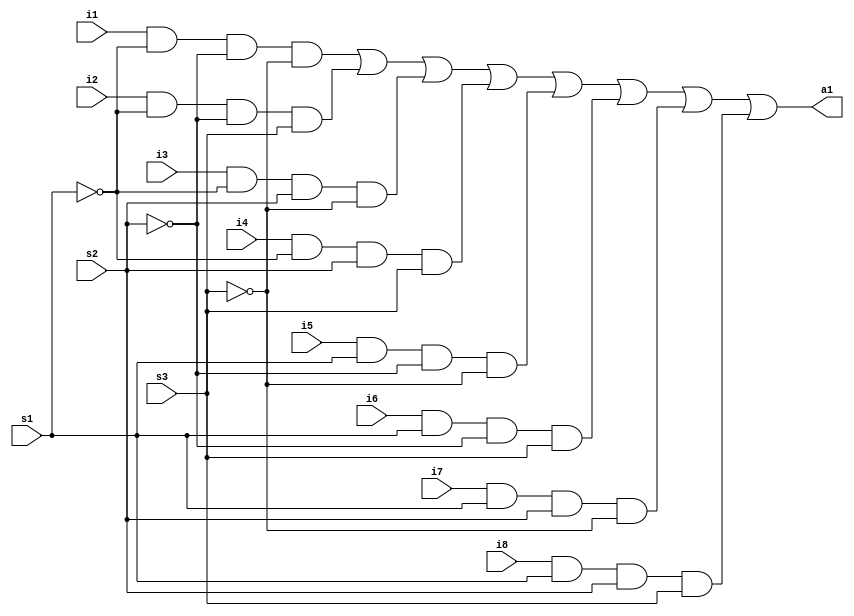
module test(i1,i2,i3,i4,i5,i6,i7,i8,s1,s2,s3,a1);
	input i1,i2,i3,i4,i5,i6,i7,i8,s1,s2,s3;
	output a1;
	
	//assign a1=i1&(!s1)&(!s2)&(!s3);
	assign a1=((i1&(!s1)&(!s2)&(!s3))|(i2&(!s1)&(!s2)&(s3))|(i3&(!s1)&(s2)&(!s3))|(i4&(!s1)&(s2)&(s3))|(i5&(s1)&(!s2)&(!s3))|(i6&(s1)&(!s2)&(s3))|(i7&(s1)&(s2)&(!s3))|(i8&(s1)&(s2)&(s3)));

endmodule